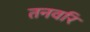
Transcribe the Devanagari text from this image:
तनवरि